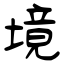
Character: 境